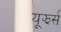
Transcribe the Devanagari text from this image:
यूझर्स